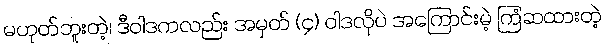
မဟုတ်ဘူးတဲ့၊ ဒီဝါဒကလည်း အမှတ် (၄) ဝါဒလိုပဲ အကြောင်းမဲ့ ကြံဆထားတဲ့